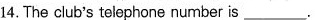
14. The club's telephone number is___.